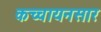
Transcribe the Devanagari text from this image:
कच्चायनसार